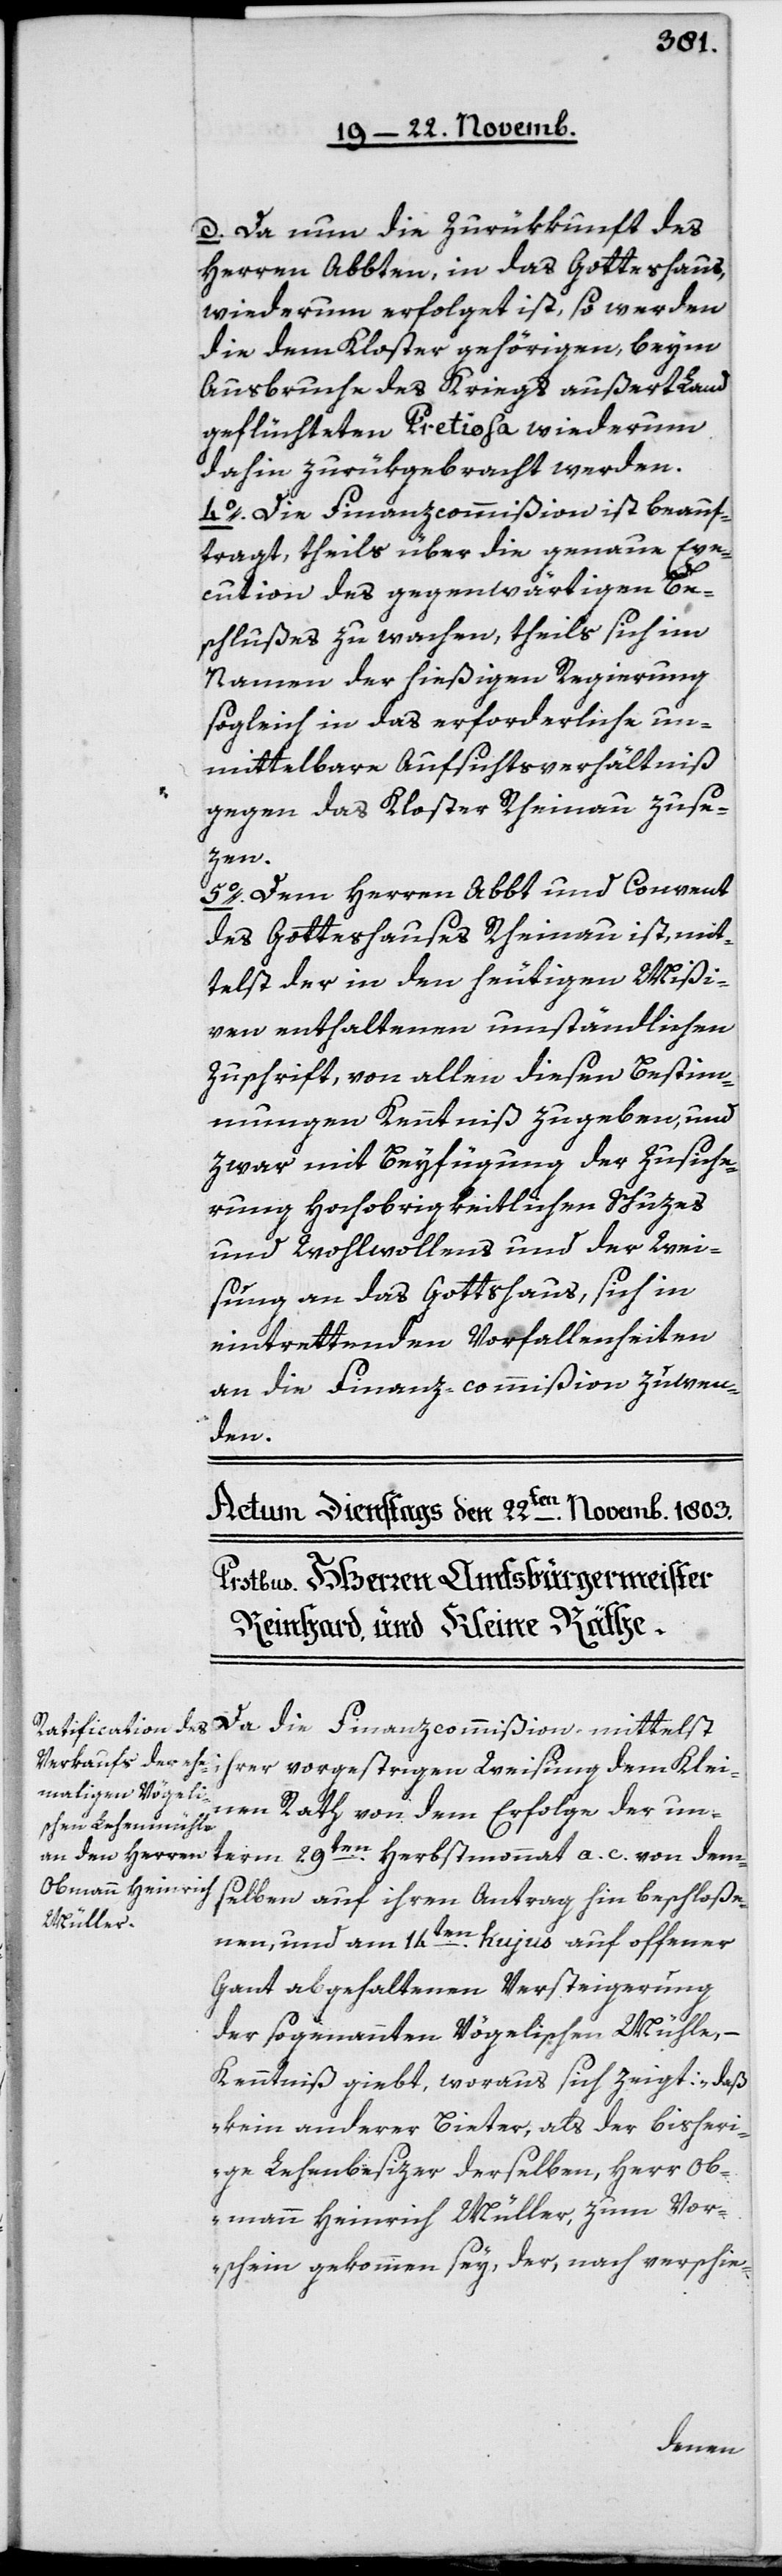
d. Da nun die Zurükkunft des
Herren Abbten in das Gotteshaus
wiederum erfolget ist, so werden
die dem Kloster gehörigen, beym
Ausbruche des Kriegs außert Land
geflüchteten Pretiosa wiederum
dahin zurükgebracht werden.
4o Die Finanzcommißion ist beauf¬
tragt, theils über die genaue Exe¬
cution des gegenwärtigen Be¬
schlußes zu wachen, theils sich im
Namen der hießigen Regierung
sogleich in das erforderliche un¬
mittelbare Aufsichtsverhältniß
gegen das Kloster Rheinau zu se¬
zen.
5o Dem Herren Abbt und Convent
des Gotteshauses Rheinau ist, mit¬
telst der in den heutigen Mißi¬
ven enthaltenen umständlichen
Zuschrift, von allen diesen Bestimm¬
ungen Kenntniß zu geben, und
zwar mit Beyfügung der Zusiche¬
rung hochobrigkeitlichen Schuzes
und Wohlwollens und der Wei¬
sung an das Gotteshaus, sich in
eintrettenden Vorfallenheiten
an die Finanz-commißion zu wen¬
den.
Da die Finanzcommißion mittelst
ihrer vorgestrigen Weisung dem Klei¬
nen Rath von dem Erfolge der un¬
term 29ten Herbstmonat a. c. von dem¬
selben auf ihren Antrag hin beschloße¬
nen und am 14ten hujus auf offener
Gant abgehaltenen Versteigerung
der sogenannten Vögelischen Mühle, –
Kenntniß giebt, woraus sich zeigt: „daß
kein anderer Bieter, als der bisheri¬
ge Lehenbesizer derselben, Herr Ob¬
amm Heinrich Müller, zum Vor¬
schein gekommen sey, der, nach verschie-